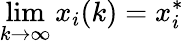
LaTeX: \operatorname*{lim}_{k\to\infty}x_{i}(k)=x_{i}^{*}